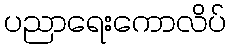
ပညာရေးကောလိပ်